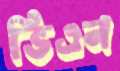
ভিএন